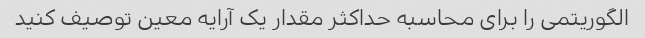
الگوریتمی را برای محاسبه حداکثر مقدار یک آرایه معین توصیف کنید